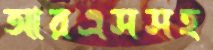
আরএসসহ